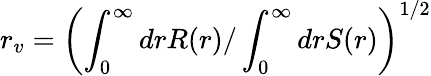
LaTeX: r_{v}=\left(\int_{0}^{\infty}drR(r)/\int_{0}^{\infty}drS(r)\right)^{1/2}